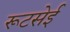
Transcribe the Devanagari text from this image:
रूटसेई